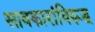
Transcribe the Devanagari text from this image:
सावकारांविरूद्ध